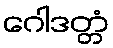
ဂေါဒတ္တံ